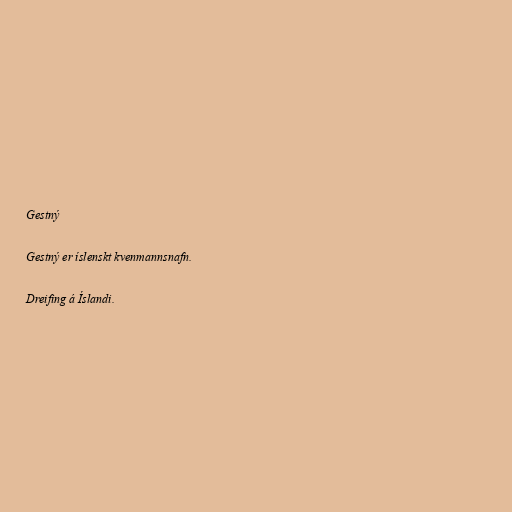
Gestný

Gestný er íslenskt kvenmannsnafn.

Dreifing á Íslandi.